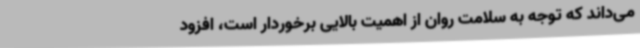
می‌داند که توجه به سلامت روان از اهمیت بالایی برخوردار است، افزود